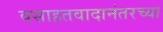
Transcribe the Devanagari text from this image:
वसाहतवादानंतरच्या